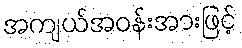
အကျယ်အဝန်းအားဖြင့်